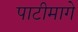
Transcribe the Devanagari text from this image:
पाटीमागे